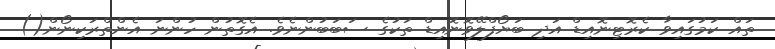
ތައް ކަމުގައިވާ ކެރޮޓިނޮއިޑް އަދި ބަޔޯފްލޭވޮނޮއިޑް ތަކުގެ ސަބަބުންނެވެ. އެގޮތުން ހުންނަ އެންތްރަކިނޯން()